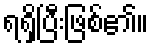
ရရှိပြီးဖြစ်၏။